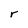
Character: r